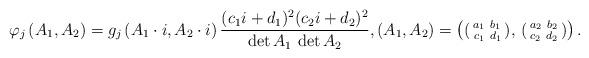
LaTeX: \begin{align*}\varphi_j \left( A_1, A_2 \right) = g_j \left(A_1 \cdot i, A_2 \cdot i \right) \frac{ (c_1 i + d_1)^2 (c_2 i + d_2)^2}{\det A_1 \, \det A_2}, (A_1, A_2) = \left( (\begin{smallmatrix}a_1 & b_1 \\ c_1 & d_1\end{smallmatrix}), \, (\begin{smallmatrix}a_2 & b_2 \\ c_2 & d_2\end{smallmatrix}) \right).\end{align*}